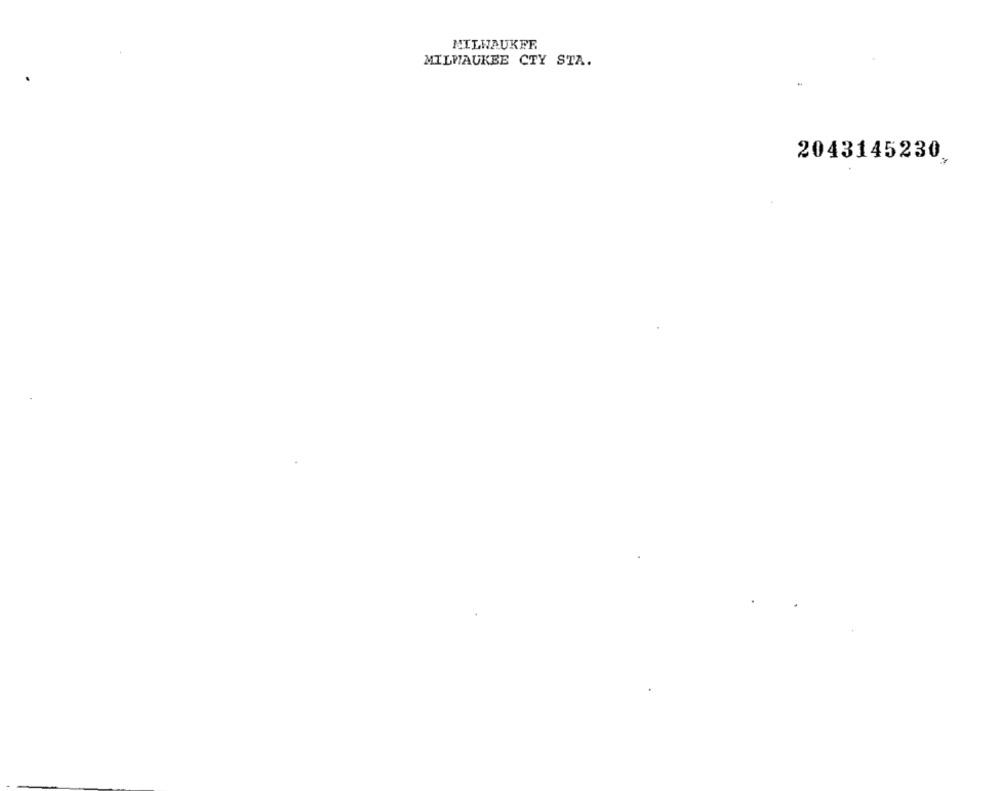
MILWAUKEE
MILWAUKEE CTY STA.
2043145230